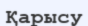
Қарысу